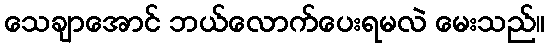
သေချာအောင် ဘယ်လောက်ပေးရမလဲ မေးသည်။